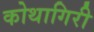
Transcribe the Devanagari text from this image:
कोथागिरी